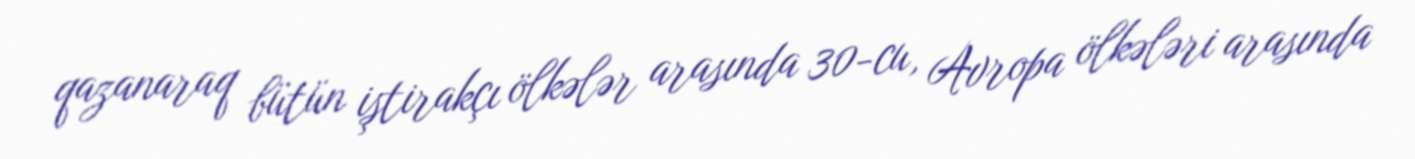
qazanaraq bütün iştirakçı ölkələr arasında 30-cu, Avropa ölkələri arasında